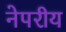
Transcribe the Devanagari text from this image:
नेपरीय